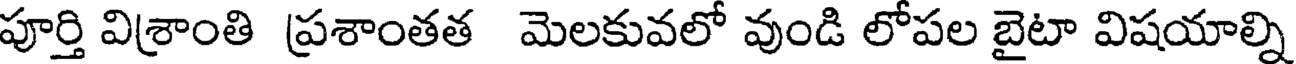
పూర్తి విశ్రాంతి ప్రశాంతత మెలకువలో వుండి లోపల బైటా విషయాల్ని